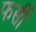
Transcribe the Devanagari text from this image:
फर्सी